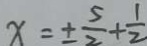
x = \pm \frac { 5 } { 2 } + \frac { 1 } { 2 }